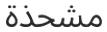
مشحذة